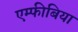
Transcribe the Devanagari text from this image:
एम्‍फीबिया